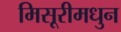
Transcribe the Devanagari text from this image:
मिसूरीमधुन